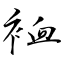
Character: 裇